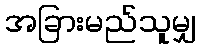
အခြားမည်သူမျှ